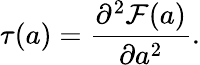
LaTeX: \tau(a)={\frac{\partial^{2}{\cal F}(a)}{\partial a^{2}}}.